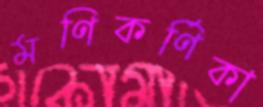
মণিকর্ণিকা